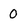
Character: 0